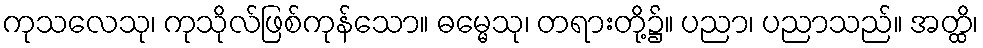
ကုသလေသု၊ ကုသိုလ်ဖြစ်ကုန်သော။ ဓမ္မေသု၊ တရားတို့၌။ ပညာ၊ ပညာသည်။ အတ္ထိ၊